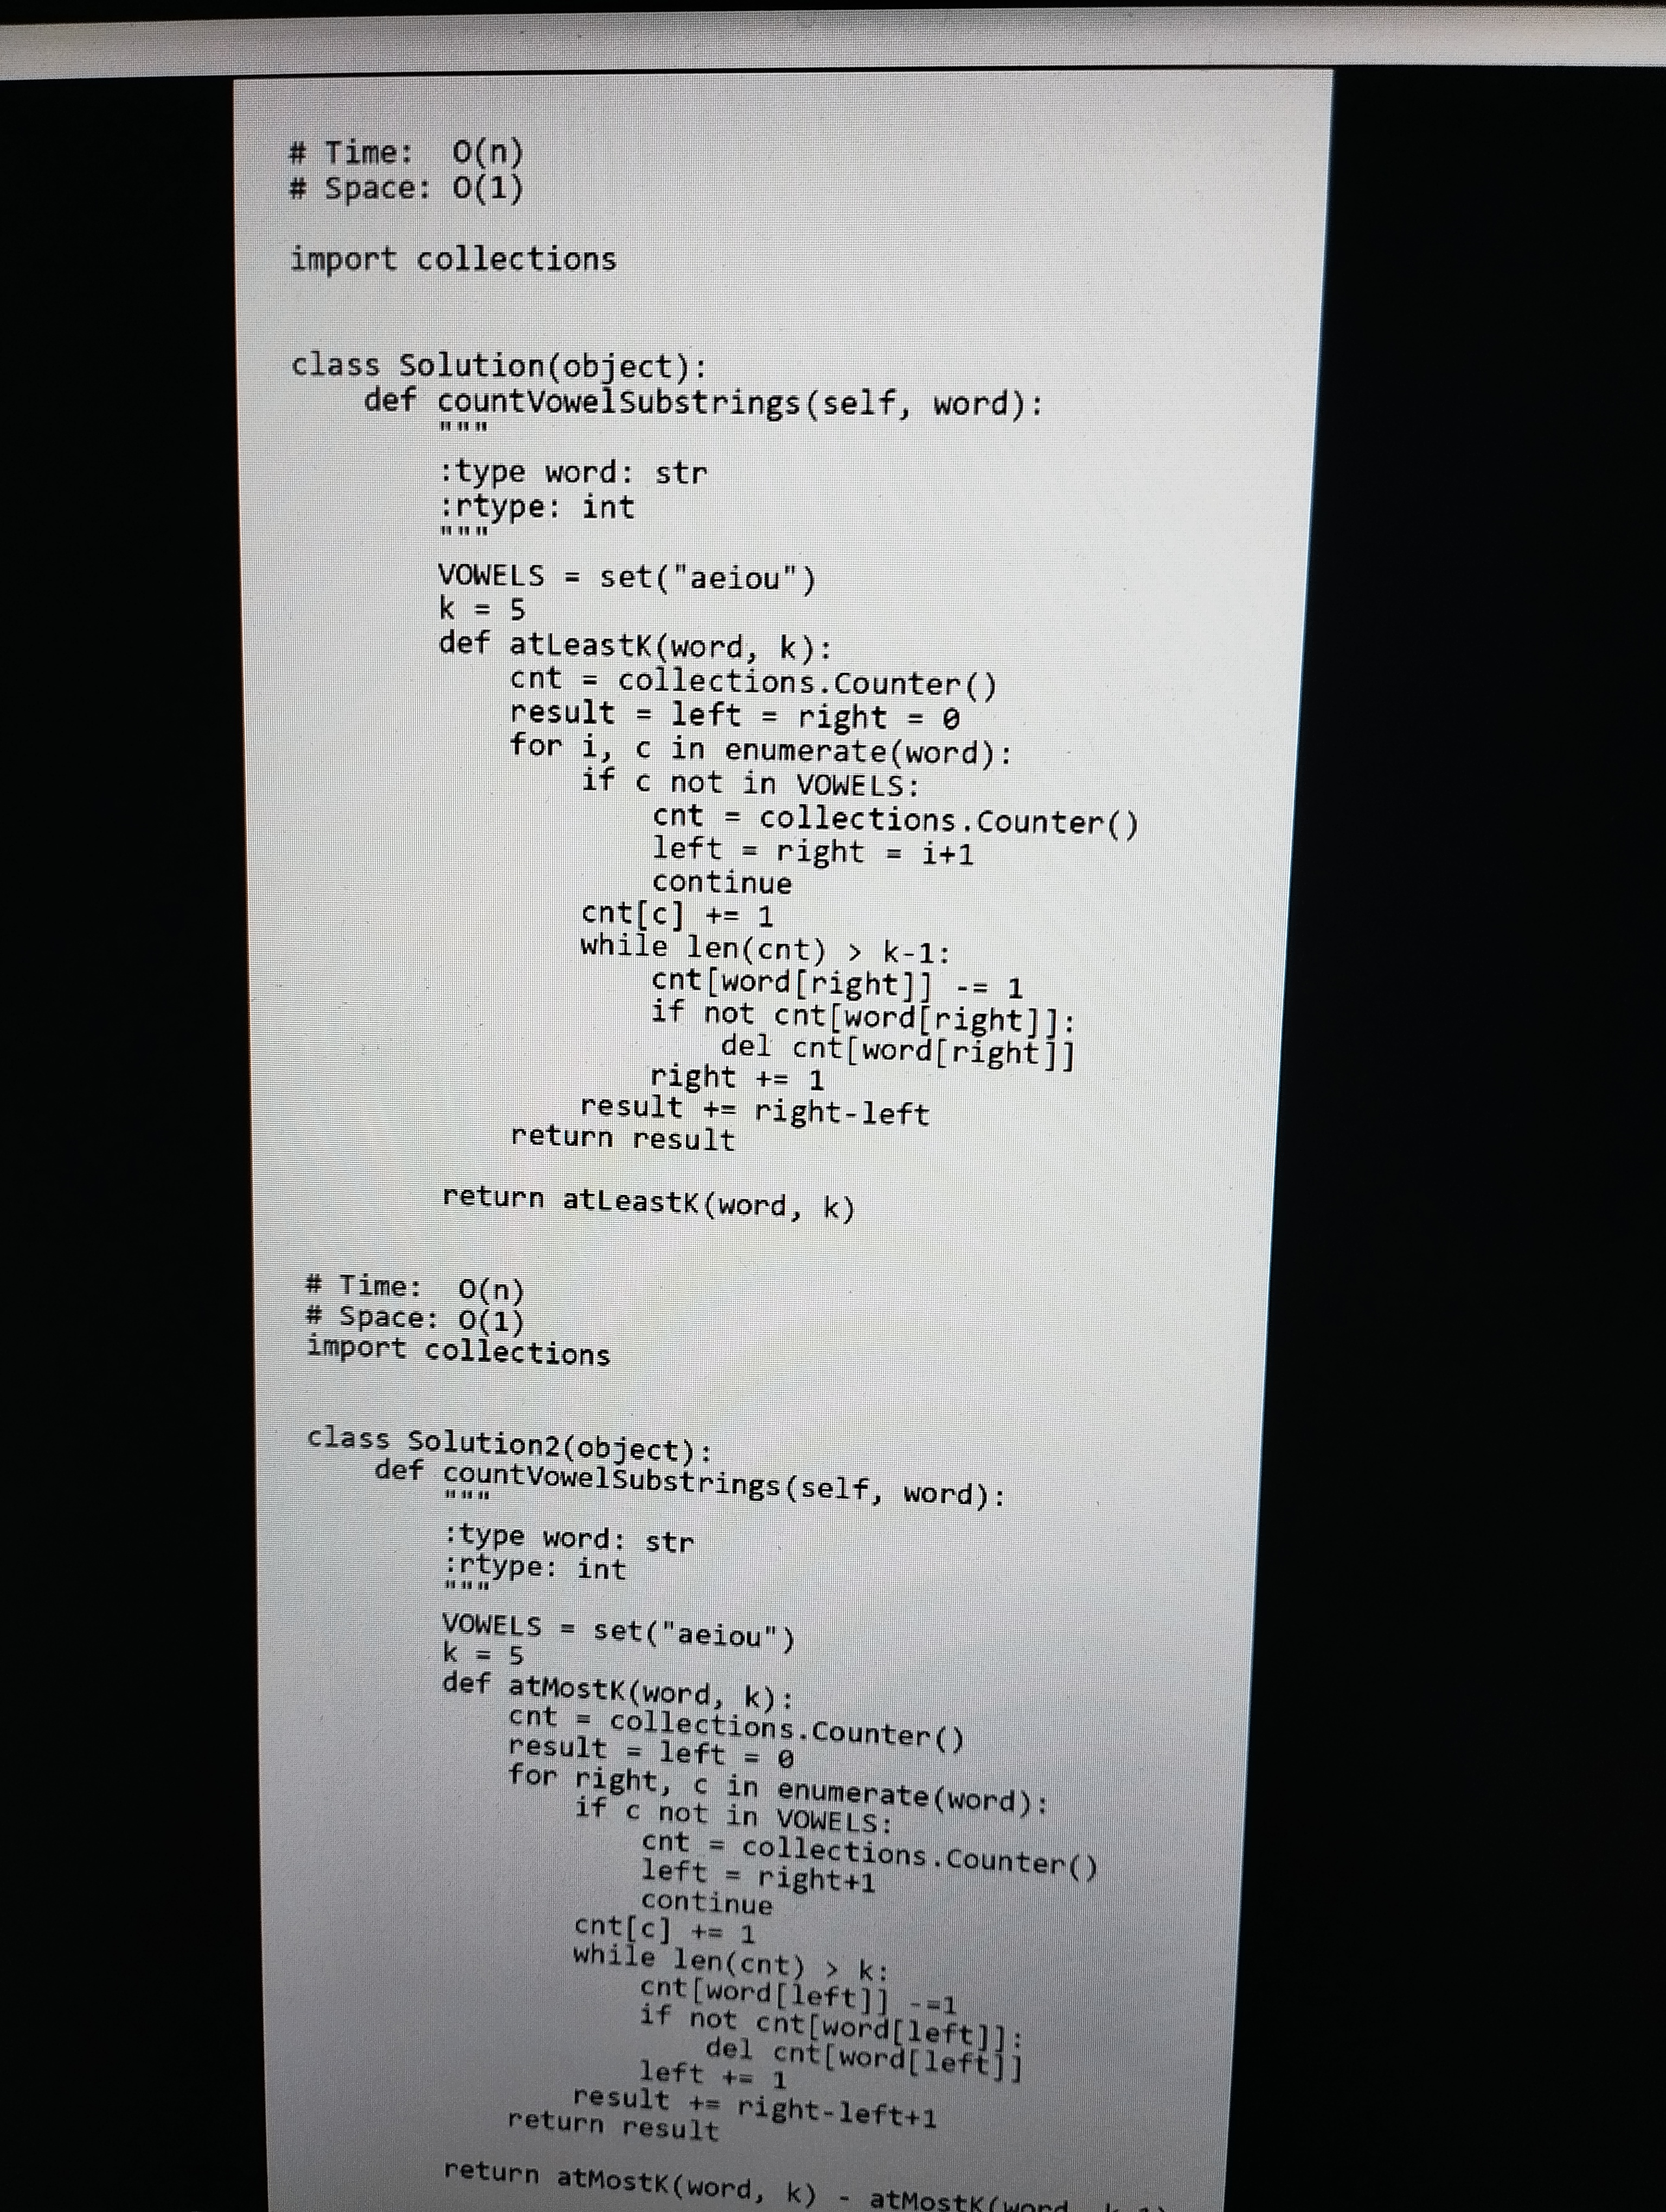
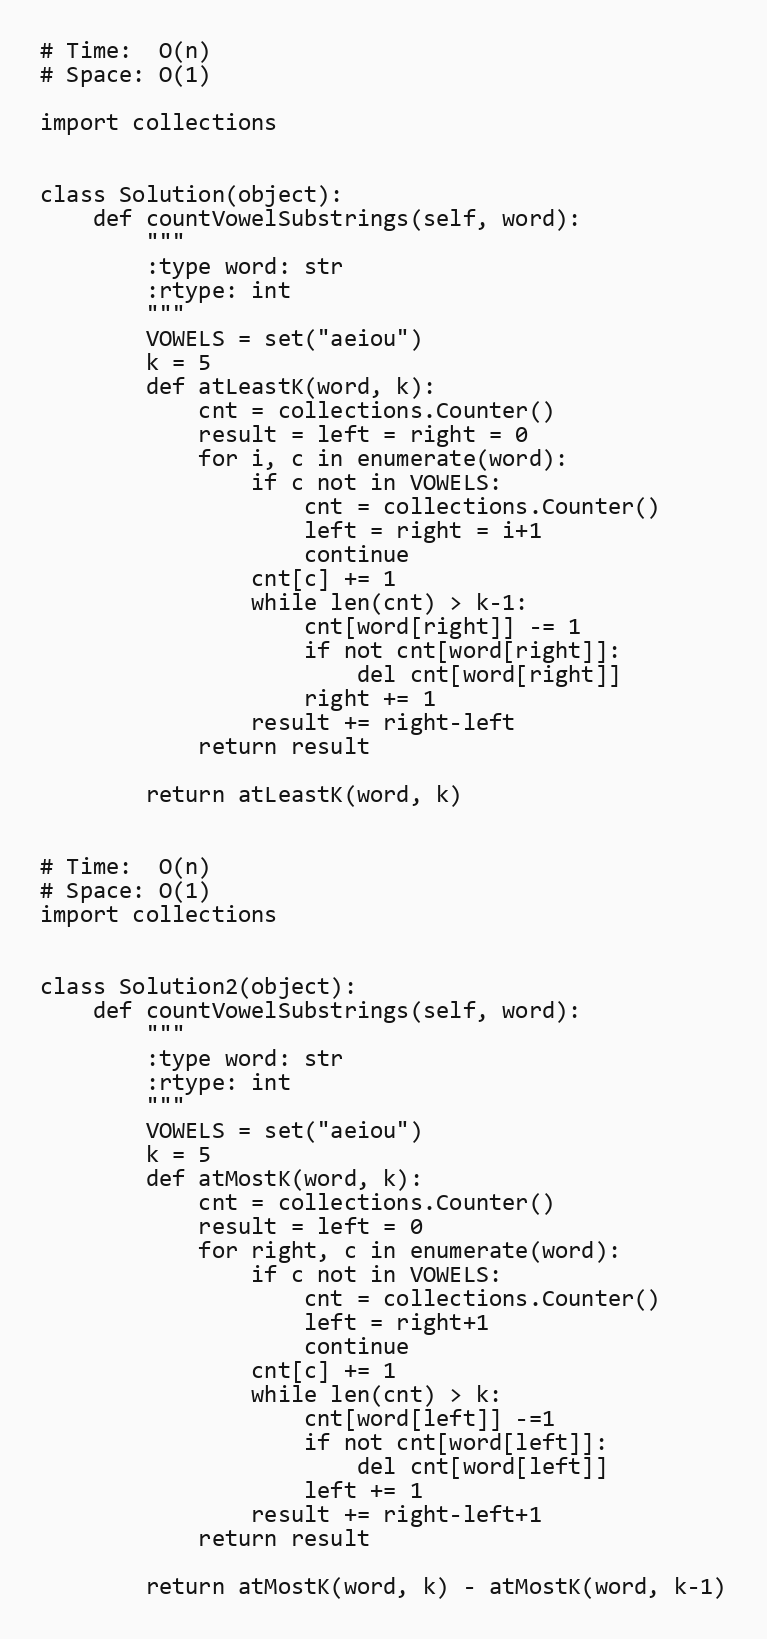
# Time:  O(n)
# Space: O(1)

import collections

class Solution(object):
    def countVowelSubstrings(self, word):
        """
        :type word: str
        :rtype: int
        """
        VOWELS = set("aeiou")
        k = 5
        def atLeastK(word, k):
            cnt = collections.Counter()
            result = left = right = 0
            for i, c in enumerate(word):
                if c not in VOWELS:
                    cnt = collections.Counter()
                    left = right = i+1
                    continue
                cnt[c] += 1
                while len(cnt) > k-1:
                    cnt[word[right]] -= 1
                    if not cnt[word[right]]:
                        del cnt[word[right]]
                    right += 1
                result += right-left
            return result

        return atLeastK(word, k)

# Time:  O(n)
# Space: O(1)
import collections

class Solution2(object):
    def countVowelSubstrings(self, word):
        """
        :type word: str
        :rtype: int
        """
        VOWELS = set("aeiou")
        k = 5
        def atMostK(word, k):
            cnt = collections.Counter()
            result = left = 0
            for right, c in enumerate(word):
                if c not in VOWELS:
                    cnt = collections.Counter()
                    left = right+1
                    continue
                cnt[c] += 1
                while len(cnt) > k:
                    cnt[word[left]] -=1
                    if not cnt[word[left]]:
                        del cnt[word[left]]
                    left += 1
                result += right-left+1
            return result

        return atMostK(word, k) - atMostK(word, k-1)